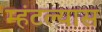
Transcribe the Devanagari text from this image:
म्हंटल्यास